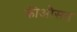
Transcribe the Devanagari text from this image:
कीऔसत